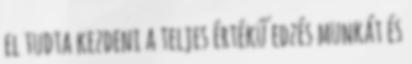
el tudta kezdeni a teljes értékű edzés munkát és